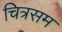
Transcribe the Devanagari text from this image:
चित्रसम